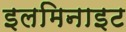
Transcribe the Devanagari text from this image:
इलमिनाइट